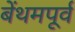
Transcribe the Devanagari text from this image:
बेंथमपूर्व